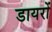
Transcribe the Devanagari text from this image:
डायरों